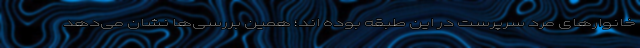
خانوارهای مرد سرپرست در این طبقه بوده اند؛ همین بررسی‌ها نشان می‌دهد